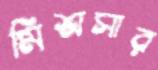
মিশ্রসার